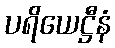
ပရိယေဋ္ဌီနံ